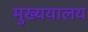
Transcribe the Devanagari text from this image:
मुख्ययालय